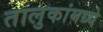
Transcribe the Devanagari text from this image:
तालुकांमध्ये